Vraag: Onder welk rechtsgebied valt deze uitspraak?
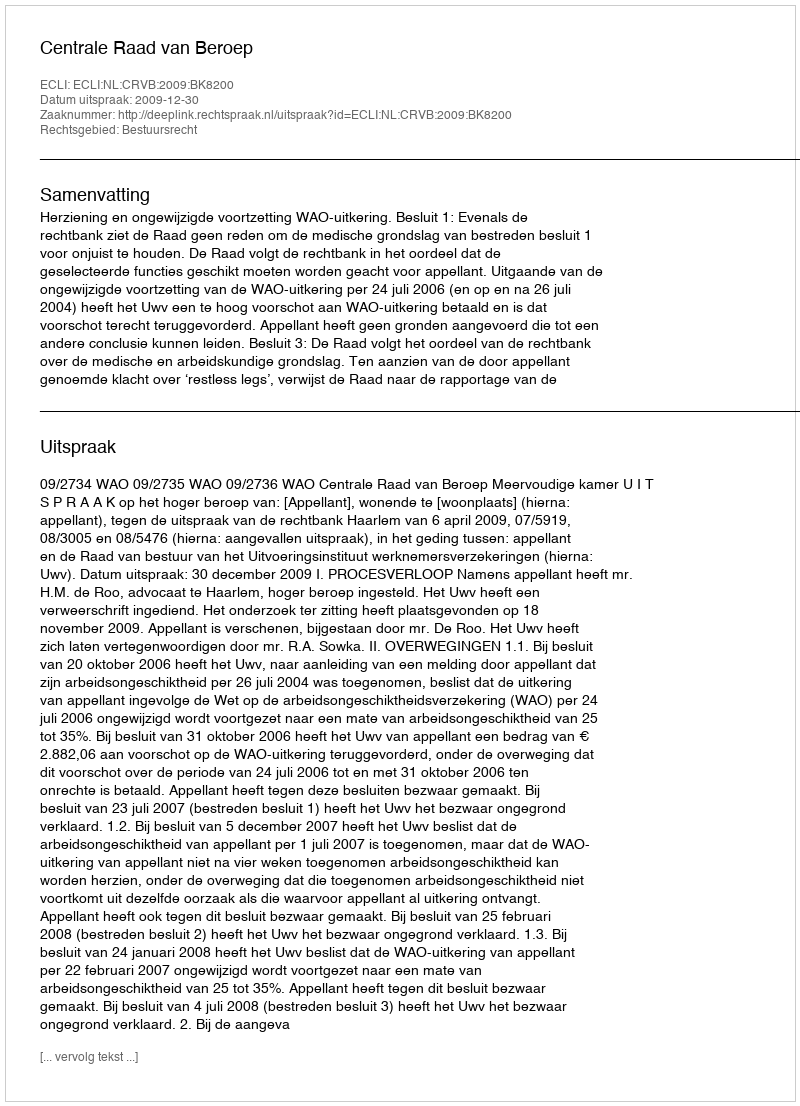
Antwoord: Bestuursrecht